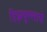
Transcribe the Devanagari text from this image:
हिझबुल्लाचे